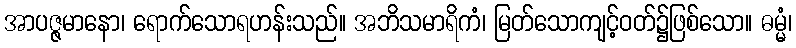
အာပဇ္ဇမာနော၊ ရောက်သောရဟန်းသည်။ အဘိသမာရိကံ၊ မြတ်သောကျင့်ဝတ်၌ဖြစ်သော။ ဓမ္မံ၊